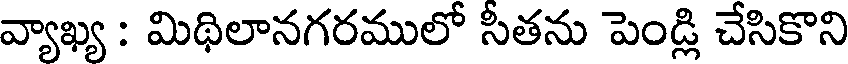
వ్యాఖ్య : మిథిలానగరములో సీతను పెండ్లి చేసికొని